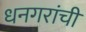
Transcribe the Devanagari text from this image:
धनगरांची